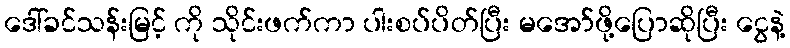
ဒေါ်ခင်သန်းမြင့် ကို သိုင်းဖက်ကာ ပါးစပ်ပိတ်ပြီး မအော်ဖို့ပြောဆိုပြီး ငွေနဲ့